Civil Veterinary Dept. Bombay admin report 1907-1913 - 1907-1913
Year: 1907
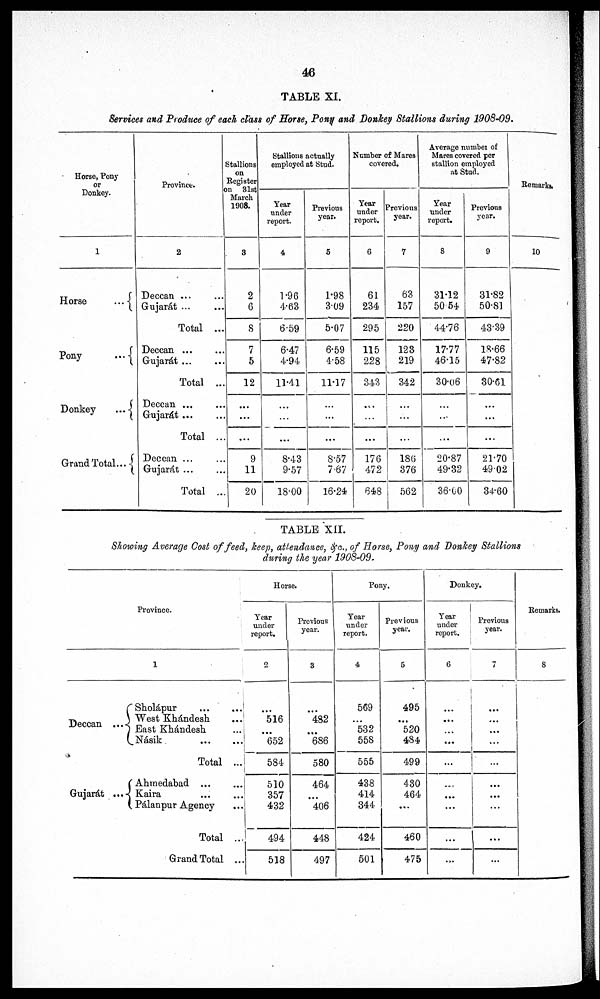
46
TABLE XI.
Services and Produce of each class of Horse, Pony and Donkey Stallions during 1908-09.
Horse, Pony
or
Donkey.
1
Horse
...
Pony
...
Donkey
...
Grand
Total...
Province.
2
Deccan ... ...
Gujarát ... ...
Total ...
Deccan ... ...
Gujarát ... ...
Total ...
Deccan ...
Gujarát ...
Total ...
Deccan ...
Gujarát ... ...
Total ...
Stallions
on
Register
on 31st
March
1908.
3
2
6
8
7
5
12
...
...
...
9
11
20
Stallions actually
employed at Stud.
Year
under
report.
4
1.96
4.63
6.59
6.47
4.94
11.41
...
...
...
8.43
9.57
18.00
Previous
year.
5
1.98
3.09
5.07
6.59
4.58
11.17
...
...
...
8.57
7.67
16.24
Number of Mares
covered.
Year
under
report.
6
61
234
295
115
228
343
...
...
...
176
472
648
Previous
year.
7
63
157
220
123
219
342
...
...
...
186
376
562
Average number of
Marcs covered per
stallion employed
at Stud.
Year
under
report.
8
31.12
50 54
44.76
17.77
46.15
30.06
...
...
...
20.87
49.32
36.00
Previous
year.
9
31.82
50.81
43.39
18.66
47.82
30.61
...
...
...
21.70
49 02
34.60
Remarks.
10
TABLE XII.
Showing Average Cost of feed, keep, attendance, &c., of Horse, Pony and Donkey Stallions
during the year 1908-09.
Province.
1
Deccan ...
Sholápur ... ...
West Khándesh ...
East Khándesh ...
Násik
...
...
Total ...
Gujarát ...
Ahmedabad ... ...
Kaira ... ...
Pálanpur Agency ...
Total ...
Grand Total ...
Horse.
Year
under
report.
2
...
516
...
652
584
510
357
432
494
518
Previous
year.
3
...
482
...
686
580
464
406
448
497
Pony.
Year
under
report.
4
569
...
532
558
555
438
414
344
424
501
Previous
year.
5
495
...
520
484
499
430
464
...
460
475
Donkey.
Year
under
report.
6
...
...
...
...
...
..
...
...
...
...
Previous
year.
7
...
...
...
...
...
...
...
...
...
...
Remarks.
8